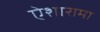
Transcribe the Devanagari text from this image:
ऐशारामा